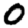
Digit: 0